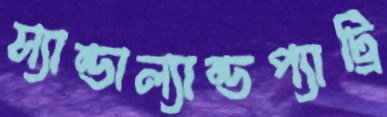
স্যান্ডাল্যান্ডপ্যাট্রি